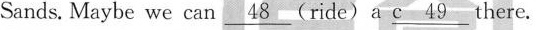
Sands. Maybe we can \underline{48} (ride) a \underline{c 49}there.